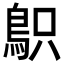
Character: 䳅